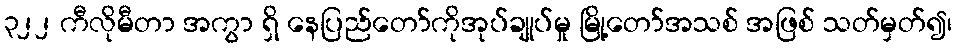
၃၂၂ ကီလိုမီတာ အကွာ ရှိ နေပြည်တော်ကိုအုပ်ချုပ်မှု မြို့တော်အသစ် အဖြစ် သတ်မှတ်၍၊